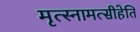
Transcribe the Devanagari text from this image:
मृत्स्नामत्सीहेति